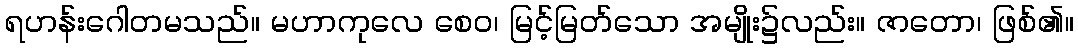
ရဟန်းဂေါတမသည်။ မဟာကုလေ စေဝ၊ မြင့်မြတ်သော အမျိုး၌လည်း။ ဇာတော၊ ဖြစ်၏။